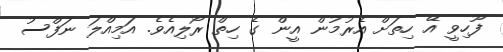
ފޫހިވީ އޭ ހިތަށް އެރުމުން އީން ގެ ހިތް ރޯލިއެވެ. އަމިއްލަ ނަފްސު